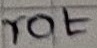
Text: rot